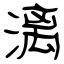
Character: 漓